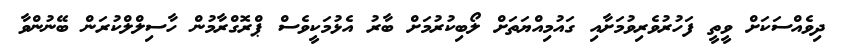
ދިވެއްސަކަށް ވީތީ ފަހުރުވެރިވުމަށާއި ގައުމިއްޔަތަށް ލޯބިކުރުމަށް ބާރު އެޅުމަކީވެސް ޕްރޮގްރާމުން ހާސިލްލްކުރަން ބޭނުންވާ